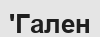
'Гален